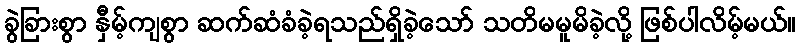
ခွဲခြားစွာ နှီမ့်ကျစွာ ဆက်ဆံခံခဲ့ရသည်ရှိခဲ့သော် သတိမမူမိခဲ့လို့ ဖြစ်ပါလိမ့်မယ်။